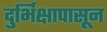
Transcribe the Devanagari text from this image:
दुर्भिक्षापासून